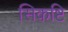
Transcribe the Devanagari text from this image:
सिकष्टि